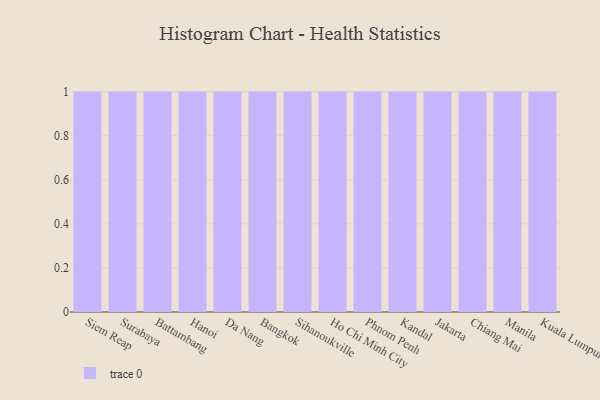
{"axis": {"x": "City", "y": "Market Share (%)"}, "legend": [""], "data": [{"x": "Siem Reap", "y": 38, "type": ""}, {"x": "Surabaya", "y": 2, "type": ""}, {"x": "Battambang", "y": 2, "type": ""}, {"x": "Hanoi", "y": 83, "type": ""}, {"x": "Da Nang", "y": 29, "type": ""}, {"x": "Bangkok", "y": 3, "type": ""}, {"x": "Sihanoukville", "y": 50, "type": ""}, {"x": "Ho Chi Minh City", "y": 79, "type": ""}, {"x": "Phnom Penh", "y": 3, "type": ""}, {"x": "Kandal", "y": 85, "type": ""}, {"x": "Jakarta", "y": 19, "type": ""}, {"x": "Chiang Mai", "y": 75, "type": ""}, {"x": "Manila", "y": 18, "type": ""}, {"x": "Kuala Lumpur", "y": 4, "type": ""}]}